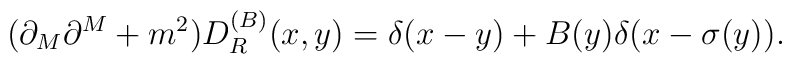
(\partial_{M}\partial^{M}+m^{2})D_{R}^{(B)}(x,y)=\delta(x-y)+B(y)\delta(x-\sigma(y)).